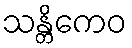
သန္တိကေဝ